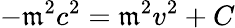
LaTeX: -\mathfrak{m}^{2}c^{2}=\mathfrak{m}^{2}v^{2}+C